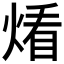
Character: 𱫨